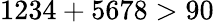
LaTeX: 1234+5678>90